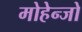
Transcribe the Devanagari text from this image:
मोहेन्जो